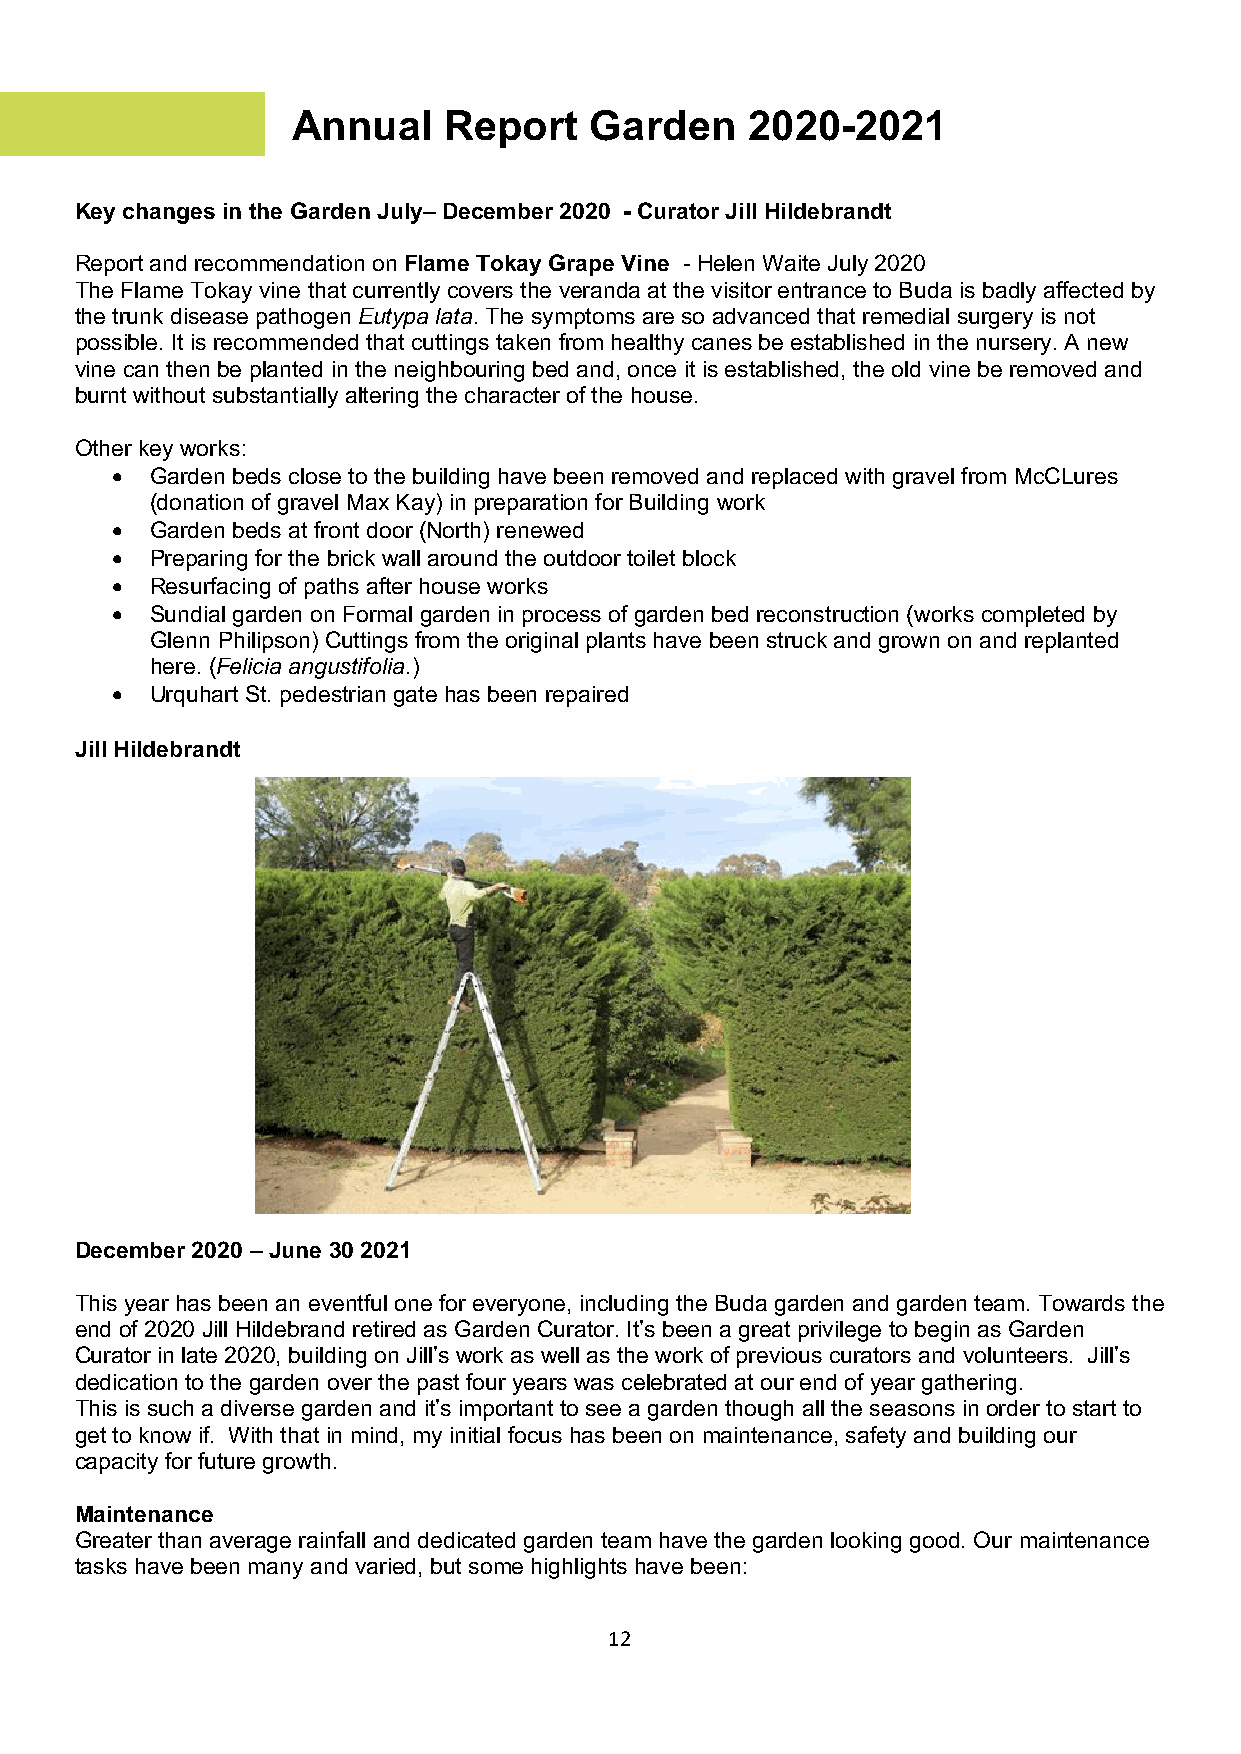
Annual    Report    Garden    2020-2021
 Key changes in the Garden July– December 2020 - Curator Jill Hildebrandt
 Report and recommendation on Flame Tokay Grape Vine - Helen Waite July 2020
 The Flame Tokay vine that currently covers the veranda at the visitor entrance to Buda is badly affected by
 the trunk disease pathogen Eutypa lata. The symptoms are so advanced that remedial surgery is not
 possible. It is recommended that cuttings taken from healthy canes be established in the nursery. A new
 vine can then be planted in the neighbouring bed and, once it is established, the old vine be removed and
 burnt without substantially altering the character of the house.
 Other key works:
 •  Garden beds close to the building have been removed and replaced with gravel from McCLures
 (donation of gravel Max Kay) in preparation for Building work
 •  Garden beds at front door (North) renewed
 •  Preparing for the brick wall around the outdoor toilet block
 •  Resurfacing of paths after house works
 •  Sundial garden on Formal garden in process of garden bed reconstruction (works completed by
 Glenn Philipson) Cuttings from the original plants have been struck and grown on and replanted
 here. (Felicia angustifolia.)
 •  Urquhart St. pedestrian gate has been repaired
 Jill Hildebrandt
 December 2020 – June 30 2021
 This year has been an eventful one for everyone, including the Buda garden and garden team. Towards the
 end of 2020 Jill Hildebrand retired as Garden Curator. It’s been a great privilege to begin as Garden
 Curator in late 2020, building on Jill’s work as well as the work of previous curators and volunteers. Jill’s
 dedication to the garden over the past four years was celebrated at our end of year gathering.
 This is such a diverse garden and it’s important to see a garden though all the seasons in order to start to
 get to know if. With that in mind, my initial focus has been on maintenance, safety and building our
 capacity for future growth.
 Maintenance
 Greater than average rainfall and dedicated garden team have the garden looking good. Our maintenance
 tasks have been many and varied, but some highlights have been:
 12